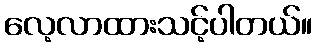
လေ့လာထားသင့်ပါတယ်။